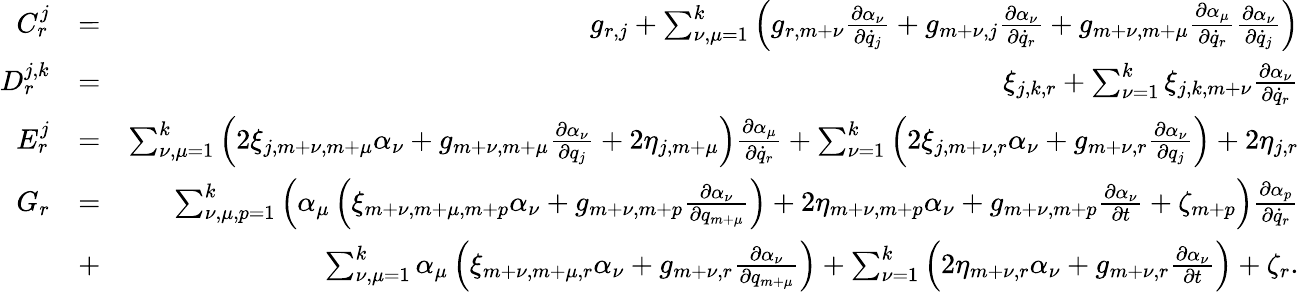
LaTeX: \begin{array}{rlr}{C_{r}^{j}}&{=}&{g_{r,j}+\sum_{\nu,\mu=1}^{k}\left(g_{r,m+\nu}\frac{\partial\alpha_{\nu}}{\partial{\dot{q}}_{j}}+g_{m+\nu,j}\frac{\partial\alpha_{\nu}}{\partial{\dot{q}}_{r}}+g_{m+\nu,m+\mu}\frac{\partial\alpha_{\mu}}{\partial{\dot{q}}_{r}}\frac{\partial\alpha_{\nu}}{\partial{\dot{q}}_{j}}\right)}\\ {D_{r}^{j,k}}&{=}&{\xi_{j,k,r}+\sum_{\nu=1}^{k}\xi_{j,k,m+\nu}\frac{\partial\alpha_{\nu}}{\partial{\dot{q}}_{r}}}\\ {E_{r}^{j}}&{=}&{\sum_{\nu,\mu=1}^{k}\left(2\xi_{j,m+\nu,m+\mu}\alpha_{\nu}+g_{m+\nu,m+\mu}\frac{\partial\alpha_{\nu}}{\partial q_{j}}+2\eta_{j,m+\mu}\right)\frac{\partial\alpha_{\mu}}{\partial{\dot{q}}_{r}}+\sum_{\nu=1}^{k}\left(2\xi_{j,m+\nu,r}\alpha_{\nu}+g_{m+\nu,r}\frac{\partial\alpha_{\nu}}{\partial q_{j}}\right)+2\eta_{j,r}}\\ {G_{r}}&{=}&{\sum_{\nu,\mu,p=1}^{k}\left(\alpha_{\mu}\left(\xi_{m+\nu,m+\mu,m+p}\alpha_{\nu}+g_{m+\nu,m+p}\frac{\partial\alpha_{\nu}}{\partial q_{m+\mu}}\right)+2\eta_{m+\nu,m+p}\alpha_{\nu}+g_{m+\nu,m+p}\frac{\partial\alpha_{\nu}}{\partial t}+\zeta_{m+p}\right)\frac{\partial\alpha_{p}}{\partial{\dot{q}}_{r}}}\\ &{+}&{\sum_{\nu,\mu=1}^{k}\alpha_{\mu}\left(\xi_{m+\nu,m+\mu,r}\alpha_{\nu}+g_{m+\nu,r}\frac{\partial\alpha_{\nu}}{\partial q_{m+\mu}}\right)+\sum_{\nu=1}^{k}\left(2\eta_{m+\nu,r}\alpha_{\nu}+g_{m+\nu,r}\frac{\partial\alpha_{\nu}}{\partial t}\right)+\zeta_{r}.}\end{array}